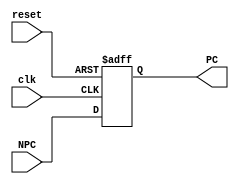
`timescale 1ns / 1ps
//////////////////////////////////////////////////////////////////////////////////
// Company: 
// Engineer: 
// 
// Design Name: 
// Module Name:    PCreg 
// Project Name: 
// Target Devices: 
// Tool versions: 
// Description: 
//
// Dependencies: 
//
// Revision: 
// Revision 0.01 - File Created
// Additional Comments: 
//
//////////////////////////////////////////////////////////////////////////////////
module PCmem(
	input clk,
	input reset,
    input [31:0] NPC,
    output [31:0] PC
    );
	
	reg [31:0] PCreg;
	
	assign PC=PCreg;
	
	initial
	begin
		PCreg<=32'h00003000;
	end

	always @(posedge clk, posedge reset)
	begin
		if(reset)
			PCreg<=32'h00003000;
		else
			PCreg<=NPC;
	end
	
endmodule